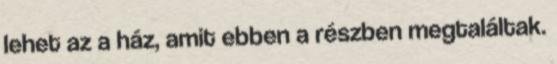
lehet az a ház, amit ebben a részben megtaláltak.